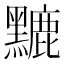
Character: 𪒏